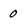
Character: 0